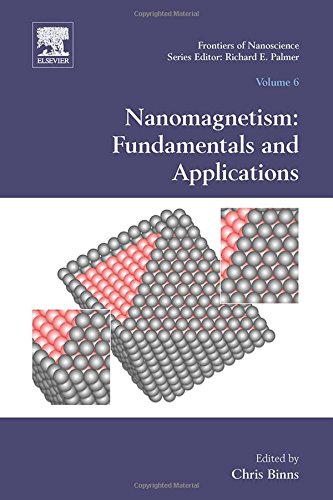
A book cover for Nanomagnetism: Fundamentals and Applications, Volume 6 (Frontiers of Nanoscience); Science & Math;